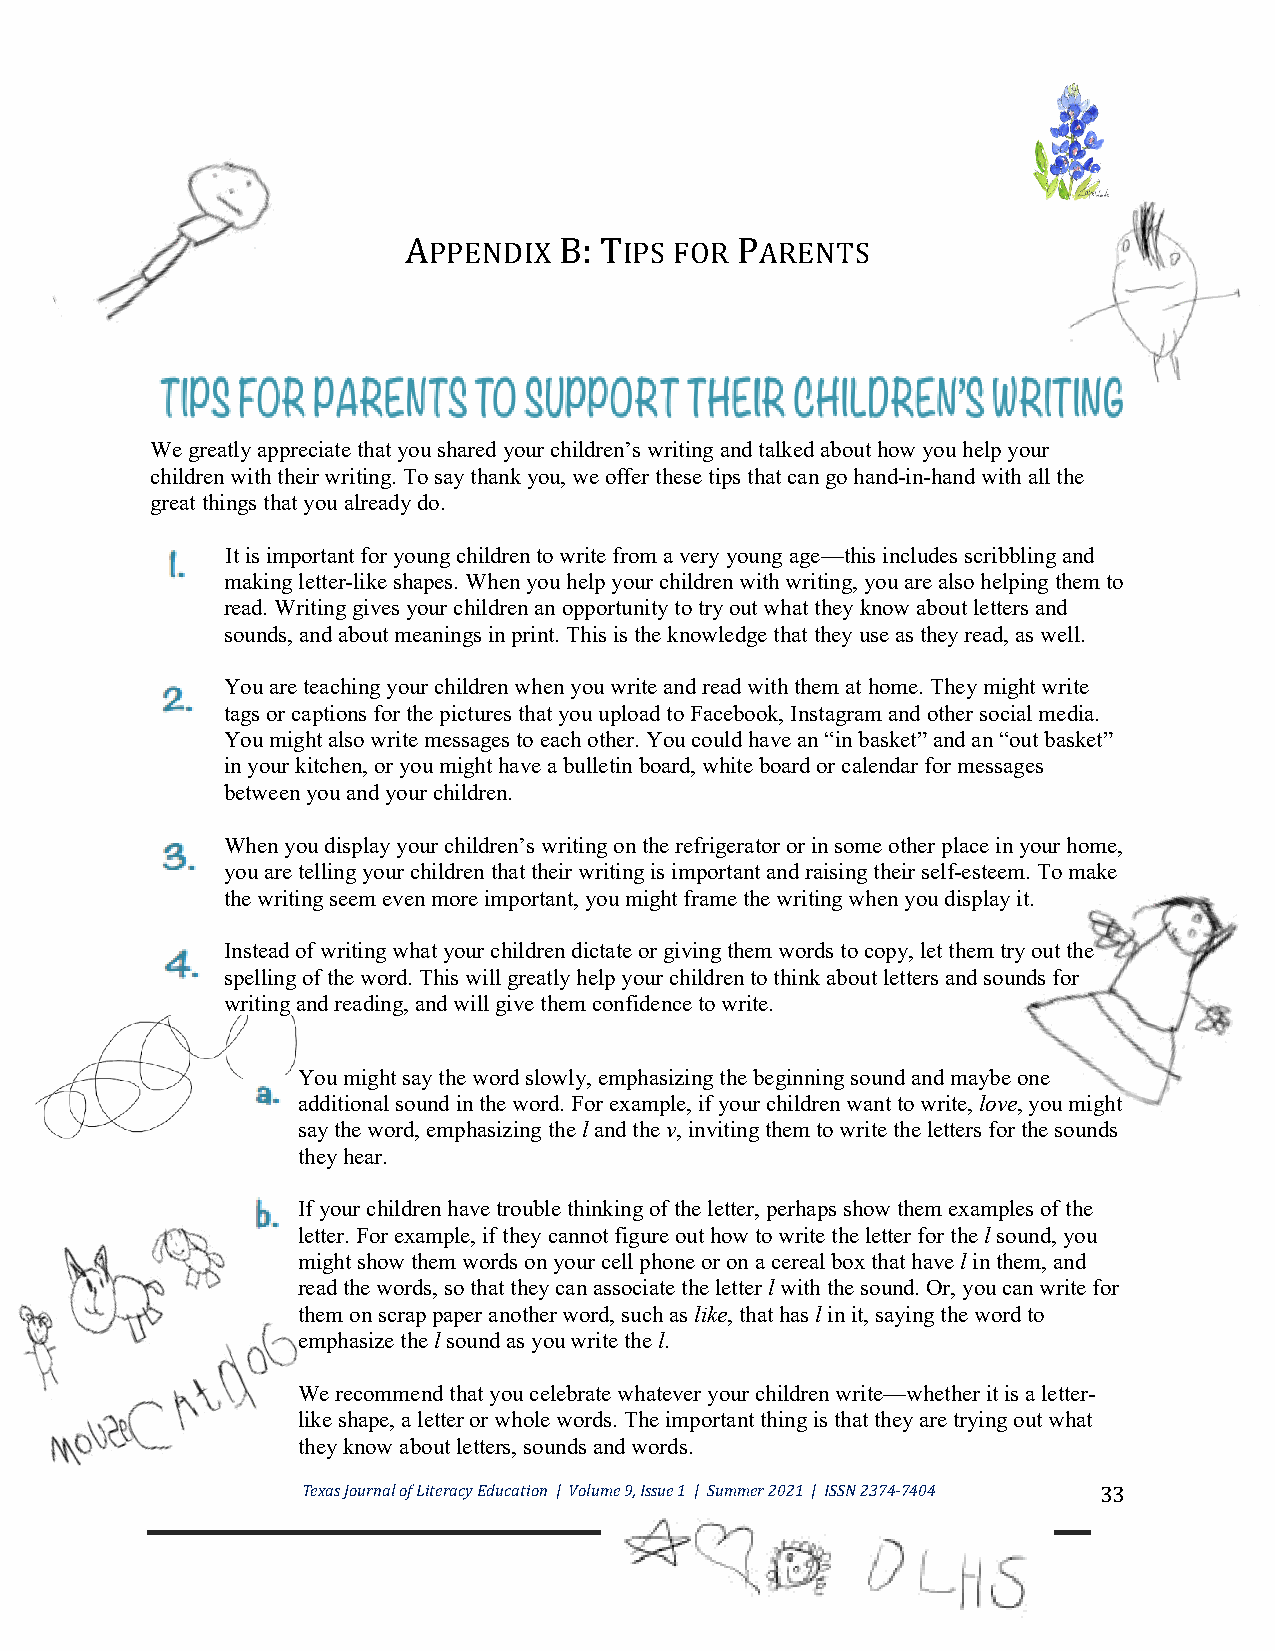
APPENDIX  B: TIPS FOR PARENTS
 We greatly appreciate that you shared your children’s writing and talked about how you help your
 children with their writing. To say thank you, we offer these tips that can go hand-in-hand with all the
 great things that you already do.
 It is important for young children to write from a very young age—this includes scribbling and
 making letter-like shapes. When you help your children with writing, you are also helping them to
 read. Writing gives your children an opportunity to try out what they know about letters and
 sounds, and about meanings in print. This is the knowledge that they use as they read, as well.
 You are teaching your children when you write and read with them at home. They might write
 tags or captions for the pictures that you upload to Facebook, Instagram and other social media.
 You might also write messages to each other. You could have an “in basket” and an “out basket”
 in your kitchen, or you might have a bulletin board, white board or calendar for messages
 between you and your children.
 When you display your children’s writing on the refrigerator or in some other place in your home,
 you are telling your children that their writing is important and raising their self-esteem. To make
 the writing seem even more important, you might frame the writing when you display it.
 Instead of writing what your children dictate or giving them words to copy, let them try out the
 spelling of the word. This will greatly help your children to think about letters and sounds for
 writing and reading, and will give them confidence to write.
 You might say the word slowly, emphasizing the beginning sound and maybe one
 additional sound in the word. For example, if your children want to write, love, you might
 say the word, emphasizing the l and the v, inviting them to write the letters for the sounds
 they hear.
 If your children have trouble thinking of the letter, perhaps show them examples of the
 letter. For example, if they cannot figure out how to write the letter for the l sound, you
 might show them words on your cell phone or on a cereal box that have l in them, and
 read the words, so that they can associate the letter l with the sound. Or, you can write for
 them on scrap paper another word, such as like, that has l in it, saying the word to
 emphasize the l sound as you write the l.
 We recommend that you celebrate whatever your children write—whether it is a letter-
 like shape, a letter or whole words. The important thing is that they are trying out what
 they know about letters, sounds and words.
 Texas Journal of Literacy Education | Volume 9, Issue 1 | Summer 2021 | ISSN 2374-7404 33